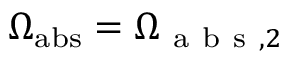
\Omega _ { \mathrm { a b s } } = \Omega _ { \mathrm { ~ a ~ b ~ s ~ } , 2 }